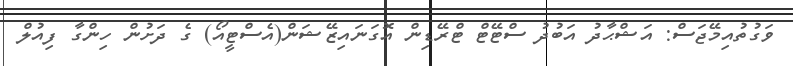
ވަގުތުއިމޭޖަސް: އަޝްޙާދު އަބުދު ސްޓޭޓް ޓްރޭޑިން އޮގަނައިޒޭޝަން(އެސްޓީއޯ) ގެ ދަށުން ހިންގާ ފިއުލް